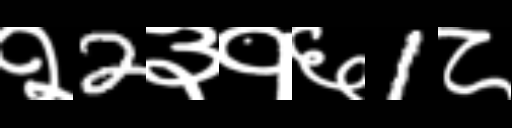
Text: २2३१६1८